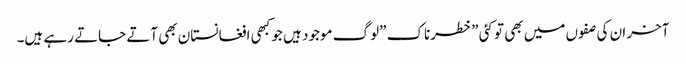
آخر ان کی صفوں میں بھی تو کئی \”خطرناک \”لوگ موجود ہیں جو کبھی افغانستان بھی آتے جاتے رہے ہیں۔